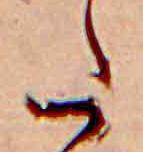
た